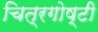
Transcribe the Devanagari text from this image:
चित्रगोष्टी